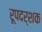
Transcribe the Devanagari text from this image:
रूपदर्शक